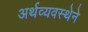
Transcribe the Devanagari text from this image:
अर्थव्यवस्थेने